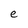
Character: e